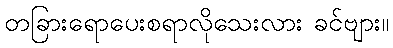
တခြားရောပေးစရာလိုသေးလား ခင်ဗျား။